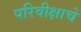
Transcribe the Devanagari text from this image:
परिवीक्षाचे